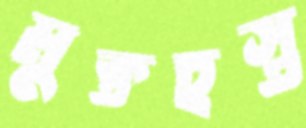
মুক্তহস্ত